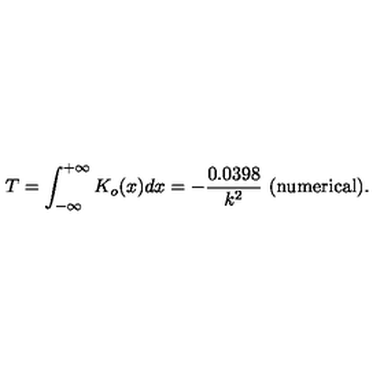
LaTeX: T = \int _ { - \infty } ^ { + \infty } K _ { o } ( x ) d x = - \frac { 0 . 0 3 9 8 } { k ^ { 2 } } \ \mathrm { ( n u m e r i c a l ) } .